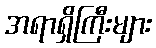
အရာရှိကြီးများ